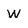
Character: W